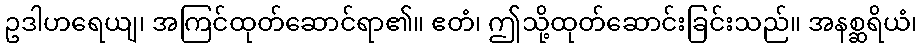
ဥဒါဟရေယျ၊ အကြင်ထုတ်ဆောင်ရာ၏။ ဧတံ၊ ဤသို့ထုတ်ဆောင်းခြင်းသည်။ အနစ္ဆရိယံ၊